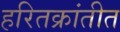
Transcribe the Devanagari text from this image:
हरितक्रांतीत